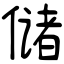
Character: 储